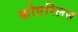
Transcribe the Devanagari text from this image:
कोएरिलस